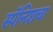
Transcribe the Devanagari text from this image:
स्पॅनिशचा